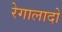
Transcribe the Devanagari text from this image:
रेगालादो